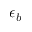
\epsilon _ { b }